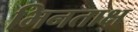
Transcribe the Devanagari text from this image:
भिनताक्ष